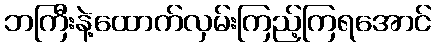
ဘကြီးနဲ့ထောက်လှမ်းကြည့်ကြရအောင်